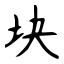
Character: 块